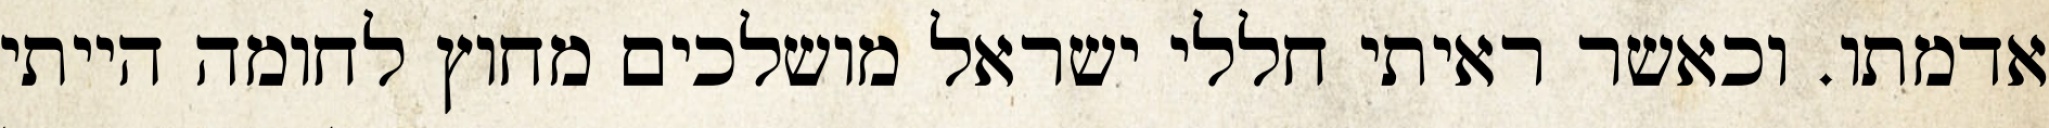
אדמתו. וכאשר ראיתי חללי ישראל מושלכים מחוץ לחומה הייתי